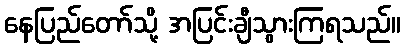
နေပြည်တော်သို့ အပြင်းချီသွားကြရသည်။